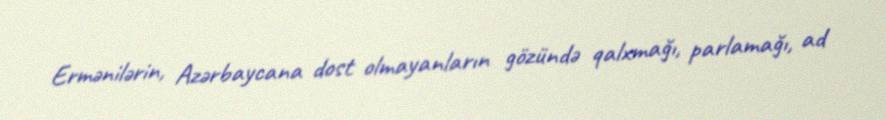
Ermənilərin, Azərbaycana dost olmayanların gözündə qalxmağı, parlamağı, ad